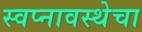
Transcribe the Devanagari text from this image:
स्वप्नावस्थेचा